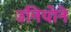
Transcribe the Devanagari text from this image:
उनियोने